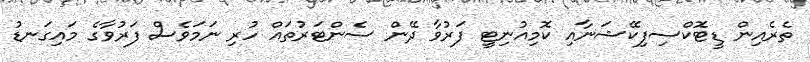
ތެރެއިން ޑީޓޮކްސިފިކޭޝަނާއި ކޮމިއުނިޓީ ފަރުވާ ދޭން ސެންޓަރުތައް ހުރި ނަމަވެސް ފަރުވާގެ މައިގަނޑު